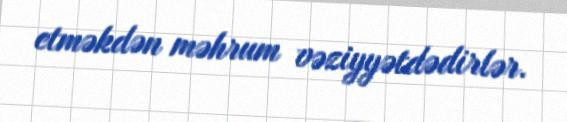
etməkdən məhrum vəziyyətdədirlər.